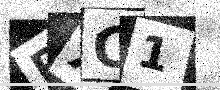
Text: PXC1